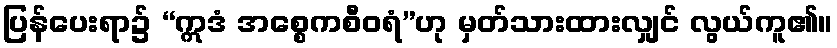
ပြန်ပေးရာ၌ “ဣဒံ အစ္စေကစီဝရံ”ဟု မှတ်သားထားလျှင် လွယ်ကူ၏။